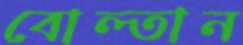
বোল্তান